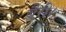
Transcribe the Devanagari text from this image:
बैरी।